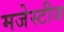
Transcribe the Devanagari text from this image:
मजेस्टीज